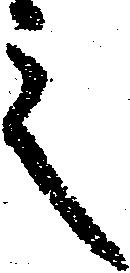
之